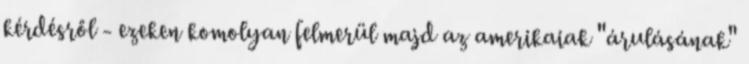
kérdésről - ezeken komolyan felmerül majd az amerikaiak "árulásának"